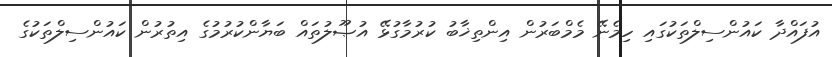
އުފައްދާ ކައުންސިލްތަކުގައި ހިމެނޭ މެމްބަރުން އިންތިޚާބު ކުރުމާގުޅޭ އުޞޫލުތައް ބަޔާންކުރުމުގެ އިތުރުން ކައުންސިލްތަކުގެ